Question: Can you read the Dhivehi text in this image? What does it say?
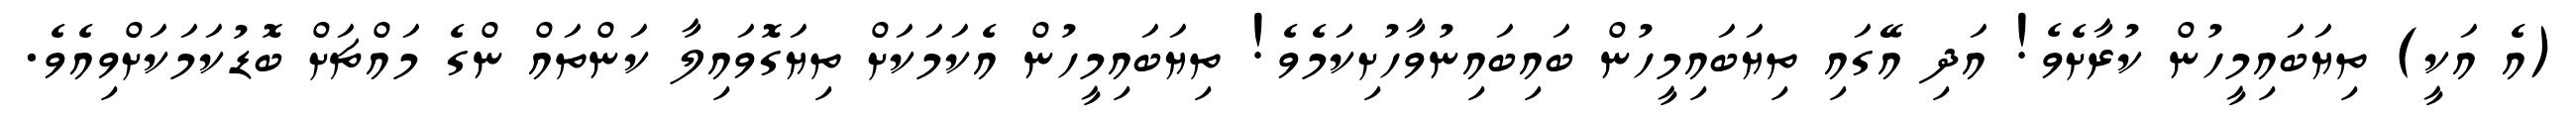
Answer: (އެ އަކީ) ތިޔަބައިމީހުން ކުރާށެވެ! އަދި އޭގައި ތިޔަބައިމީހުން ބައިބައިނުވާހުށިކަމެވެ! ތިޔަބައިމީހުން އެކަމަކަށް ތިޔަގޮވައިލާ ކަންތައް ންގެ މައްޗަށް ބޮޑުކަމަކަށްވިއެވެ.